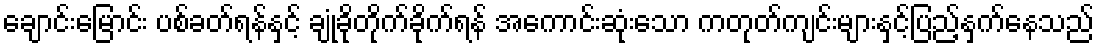
ချောင်းမြောင်း ပစ်ခတ်ရန်နှင့် ချုံခိုတိုက်ခိုက်ရန် အကောင်းဆုံးသော ကတုတ်ကျင်းများနှင့်ပြည့်နှက်နေသည်